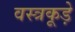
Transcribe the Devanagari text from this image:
वस्त्रकूड़े